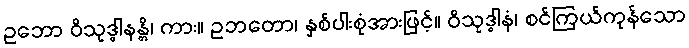
ဥဘော ဝိသုဒ္ဓါနန္တိ၊ ကား။ ဥဘတော၊ နှစ်ပါးစုံအားဖြင့်။ ဝိသုဒ္ဓါနံ၊ စင်ကြယ်ကုန်သော